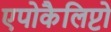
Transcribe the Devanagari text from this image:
एपोकैलिप्टो